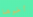
أخوها